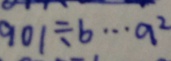
9 0 1 \div b \cdots a ^ { 2 }